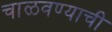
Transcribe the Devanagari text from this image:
चाळवण्याची